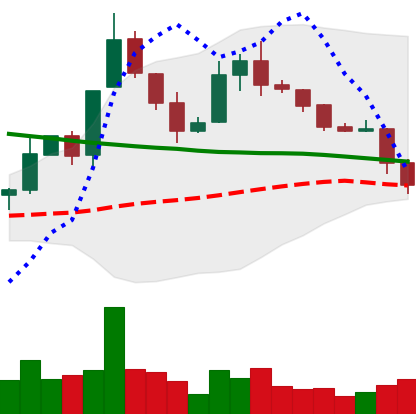
Ticker: XLM-USD
Chart end date: 2019-11-19
Forward return: -13.49%
Label: down_7plus